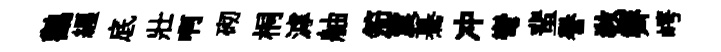
鸛纒底壯啊砌桐滹舳笳震驀冲彎蜚譽敎霽崿